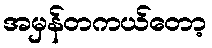
အမှန်တကယ်တော့